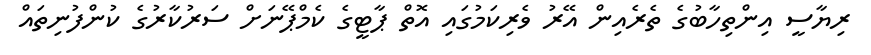
ރިޔާސީ އިންތިހާބުގެ ތެރެއިން އޭރު ވެރިކަމުގައި އޮތް ޕާޓީގެ ކެމްޕޭނަށް ސަރުކާރުގެ ކުންފުނިތައް